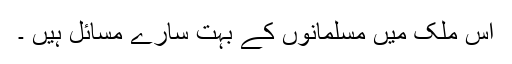
اس ملک میں مسلمانوں کے بہت سارے مسائل ہیں ۔